Annual report of the Prince of Wales Medical College, Patna
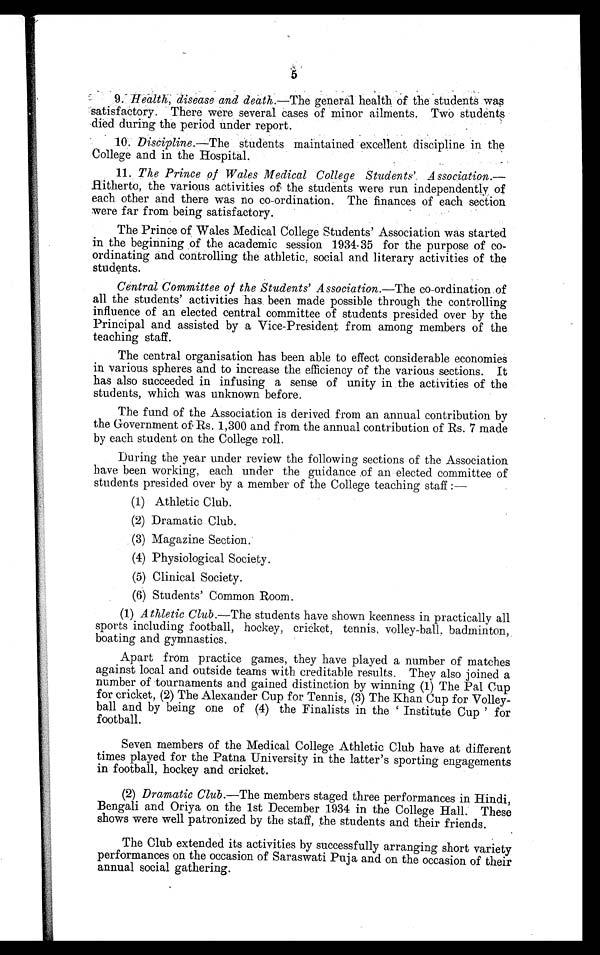
5
9 Health, disease and death.—The general health of the students was
satisfactory. There were several cases of minor ailments. Two students
died during the period under report.
10.
Discipline.—The students maintained excellent discipline in the
College and in the Hospital.
11.
The Prince of Wales Medical College Students’ Association.—
Hitherto, the various activities of the students were run independently of
each other and there was no co-ordination. The finances of each section
were far from being satisfactory.
The Prince of Wales Medical College Students’ Association was started
in the beginning of the academic session 1934-35 for the purpose of co
-ordinating and controlling the athletic, social and literary activities of the
students.
Central Committee of the Students’ Association.— The co-ordination of
all the students’ activities has been made possible through the controlling
influence of an elected central committee of students presided over by the
Principal and assisted by a Vice-President from among members of the
teaching staff.
The central organisation has been able to effect considerable economies
in various spheres and to increase the efficiency of the various sections. It
has also succeeded in infusing a sense of unity in the activities of the
students, which was unknown before.
The fund of the Association is derived from an annual contribution by
the Government of Rs. 1,300 and from the annual contribution of Rs. 7 made
by each student on the College roll.
During the year under review the following sections of the Association
have been working, each under the guidance of an elected committee of
students presided over by a member of the College teaching staff :
—
( 1 ) A t h l e t i c C l u b .
( 2 ) D r a m a t i c C l u b .
( 3 ) M a g a z i n e S e c t i o n .
( 4 ) P h y s i o l o g i c a l S o c i e t y .
( 5 ) C l i n i c a l S o c i e t y .
( 6 ) S t u d e n t s ’ C o m m o n R o o m .
(1) Athletic Club.— The students have shown keenness in practically all
sports including football, hockey, cricket, tennis, volley-ball, badminton,
boating and gymnastics.
Apart from practice games, they have played a number of matches
against local and outside teams with creditable results. They also joined a
number of tournaments and gained distinction by winning (1) The Pal Cup
for cricket, (2) The Alexander Cup for Tennis, (3) The Khan Cup for Volley
- b a l l a n d b y b e i n g o n e o f ( 4 ) t h e F i n a l i s t s i n t h e ‘ I n s t i t u t e C u p ’ f o r
football.
Seven members of the Medical College Athletic Club have at different
times played for the Patna University in the latter’s sporting engagements
in football, hockey and cricket.
(2) Dramatic Club .—The members staged three performances in Hindi,
Bengali and Oriya on the 1st December 1934 in the College Hall. These
shows were well patronized by the staff, the students and their friends.
The Club extended its activities by successfully arranging short variety
performances on the occasion of Saraswati Puja and on the occasion of their
annual social gathering.